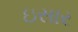
ઇસાર